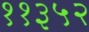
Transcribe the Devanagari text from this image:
११३५२